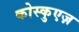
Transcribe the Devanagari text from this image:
कोस्कुएज़